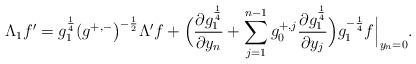
LaTeX: \begin{align*}\Lambda_1f'= g_1^{\frac{1}{4}} (g^{+,-}\big)^{-\frac{1}{2}}\Lambda' f +\Big(\frac{\partial g_1^{\frac{1}{4}}}{\partial y_n}+\sum_{j=1}^{n-1}g_0^{+,j}\frac{\partial g_1^{\frac{1}{4}}}{\partial y_j}\Big)g_1^{-\frac{1}{4}}f\Big|_{y_n=0}.\end{align*}